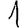
Digit: 1